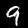
Label: 9